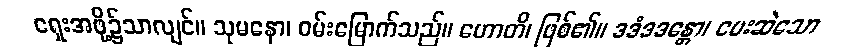
ရှေးအဖို့၌သာလျင်။ သုမနော၊ ဝမ်းမြောက်သည်။ ဟောတိ၊ ဖြစ်၏။ ဒဒံဒဒန္တော၊ ပေးဆဲသော